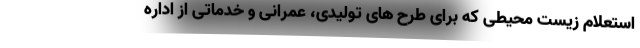
استعلام زیست محیطی که برای طرح های تولیدی، عمرانی و خدماتی از اداره